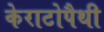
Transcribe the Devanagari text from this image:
केराटोपैथी